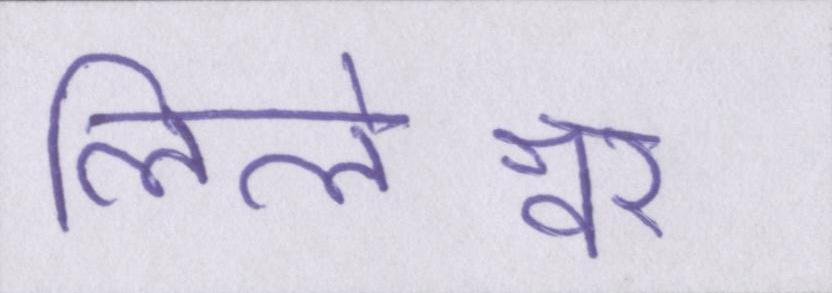
लिलेश्वर